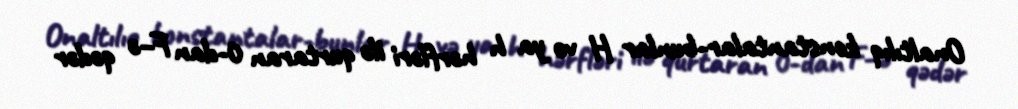
Onaltılıq konstantalar-bunlar H və ya h hərfləri ilə qurtaran 0-dan F–ə qədər